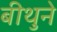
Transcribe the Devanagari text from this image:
बीथुने